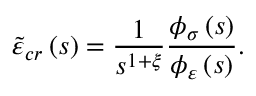
\tilde { \varepsilon } _ { c r } \left( s \right) = \frac { 1 } { s ^ { 1 + \xi } } \frac { \phi _ { \sigma } \left( s \right) } { \phi _ { \varepsilon } \left( s \right) } .